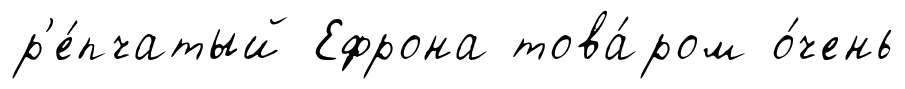
р'е́пчатый Ефрона това́ром о́чень